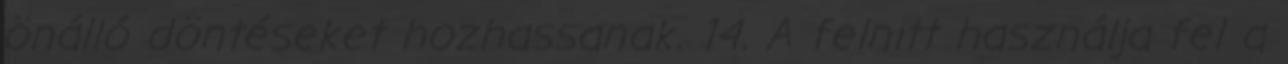
önálló döntéseket hozhassanak. 14. A felnıtt használja fel a